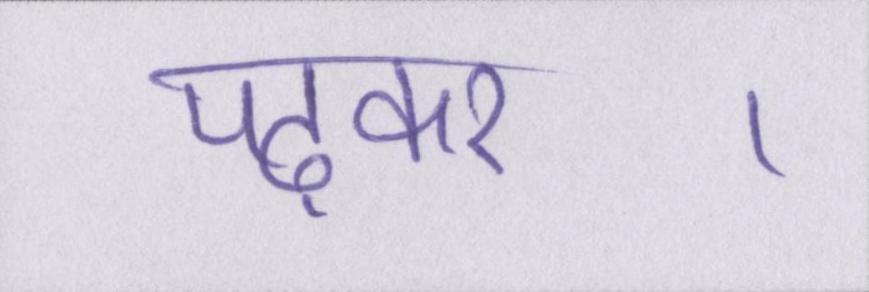
पढ़कर।